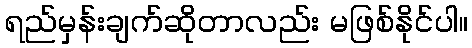
ရည်မှန်းချက်ဆိုတာလည်း မဖြစ်နိုင်ပါ။